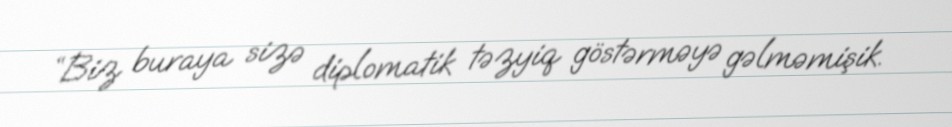
“Biz buraya sizə diplomatik təzyiq göstərməyə gəlməmişik.